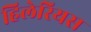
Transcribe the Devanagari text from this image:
हिलेरियस